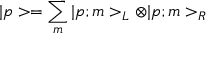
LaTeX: | p > = \sum _ { m } | p ; m > _ { L } \otimes | p ; m > _ { R }